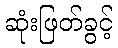
ဆုံးဖြတ်ခွင့်